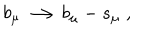
LaTeX: b _ { \mu } \longrightarrow b _ { \mu } - s _ { \mu } \; ,